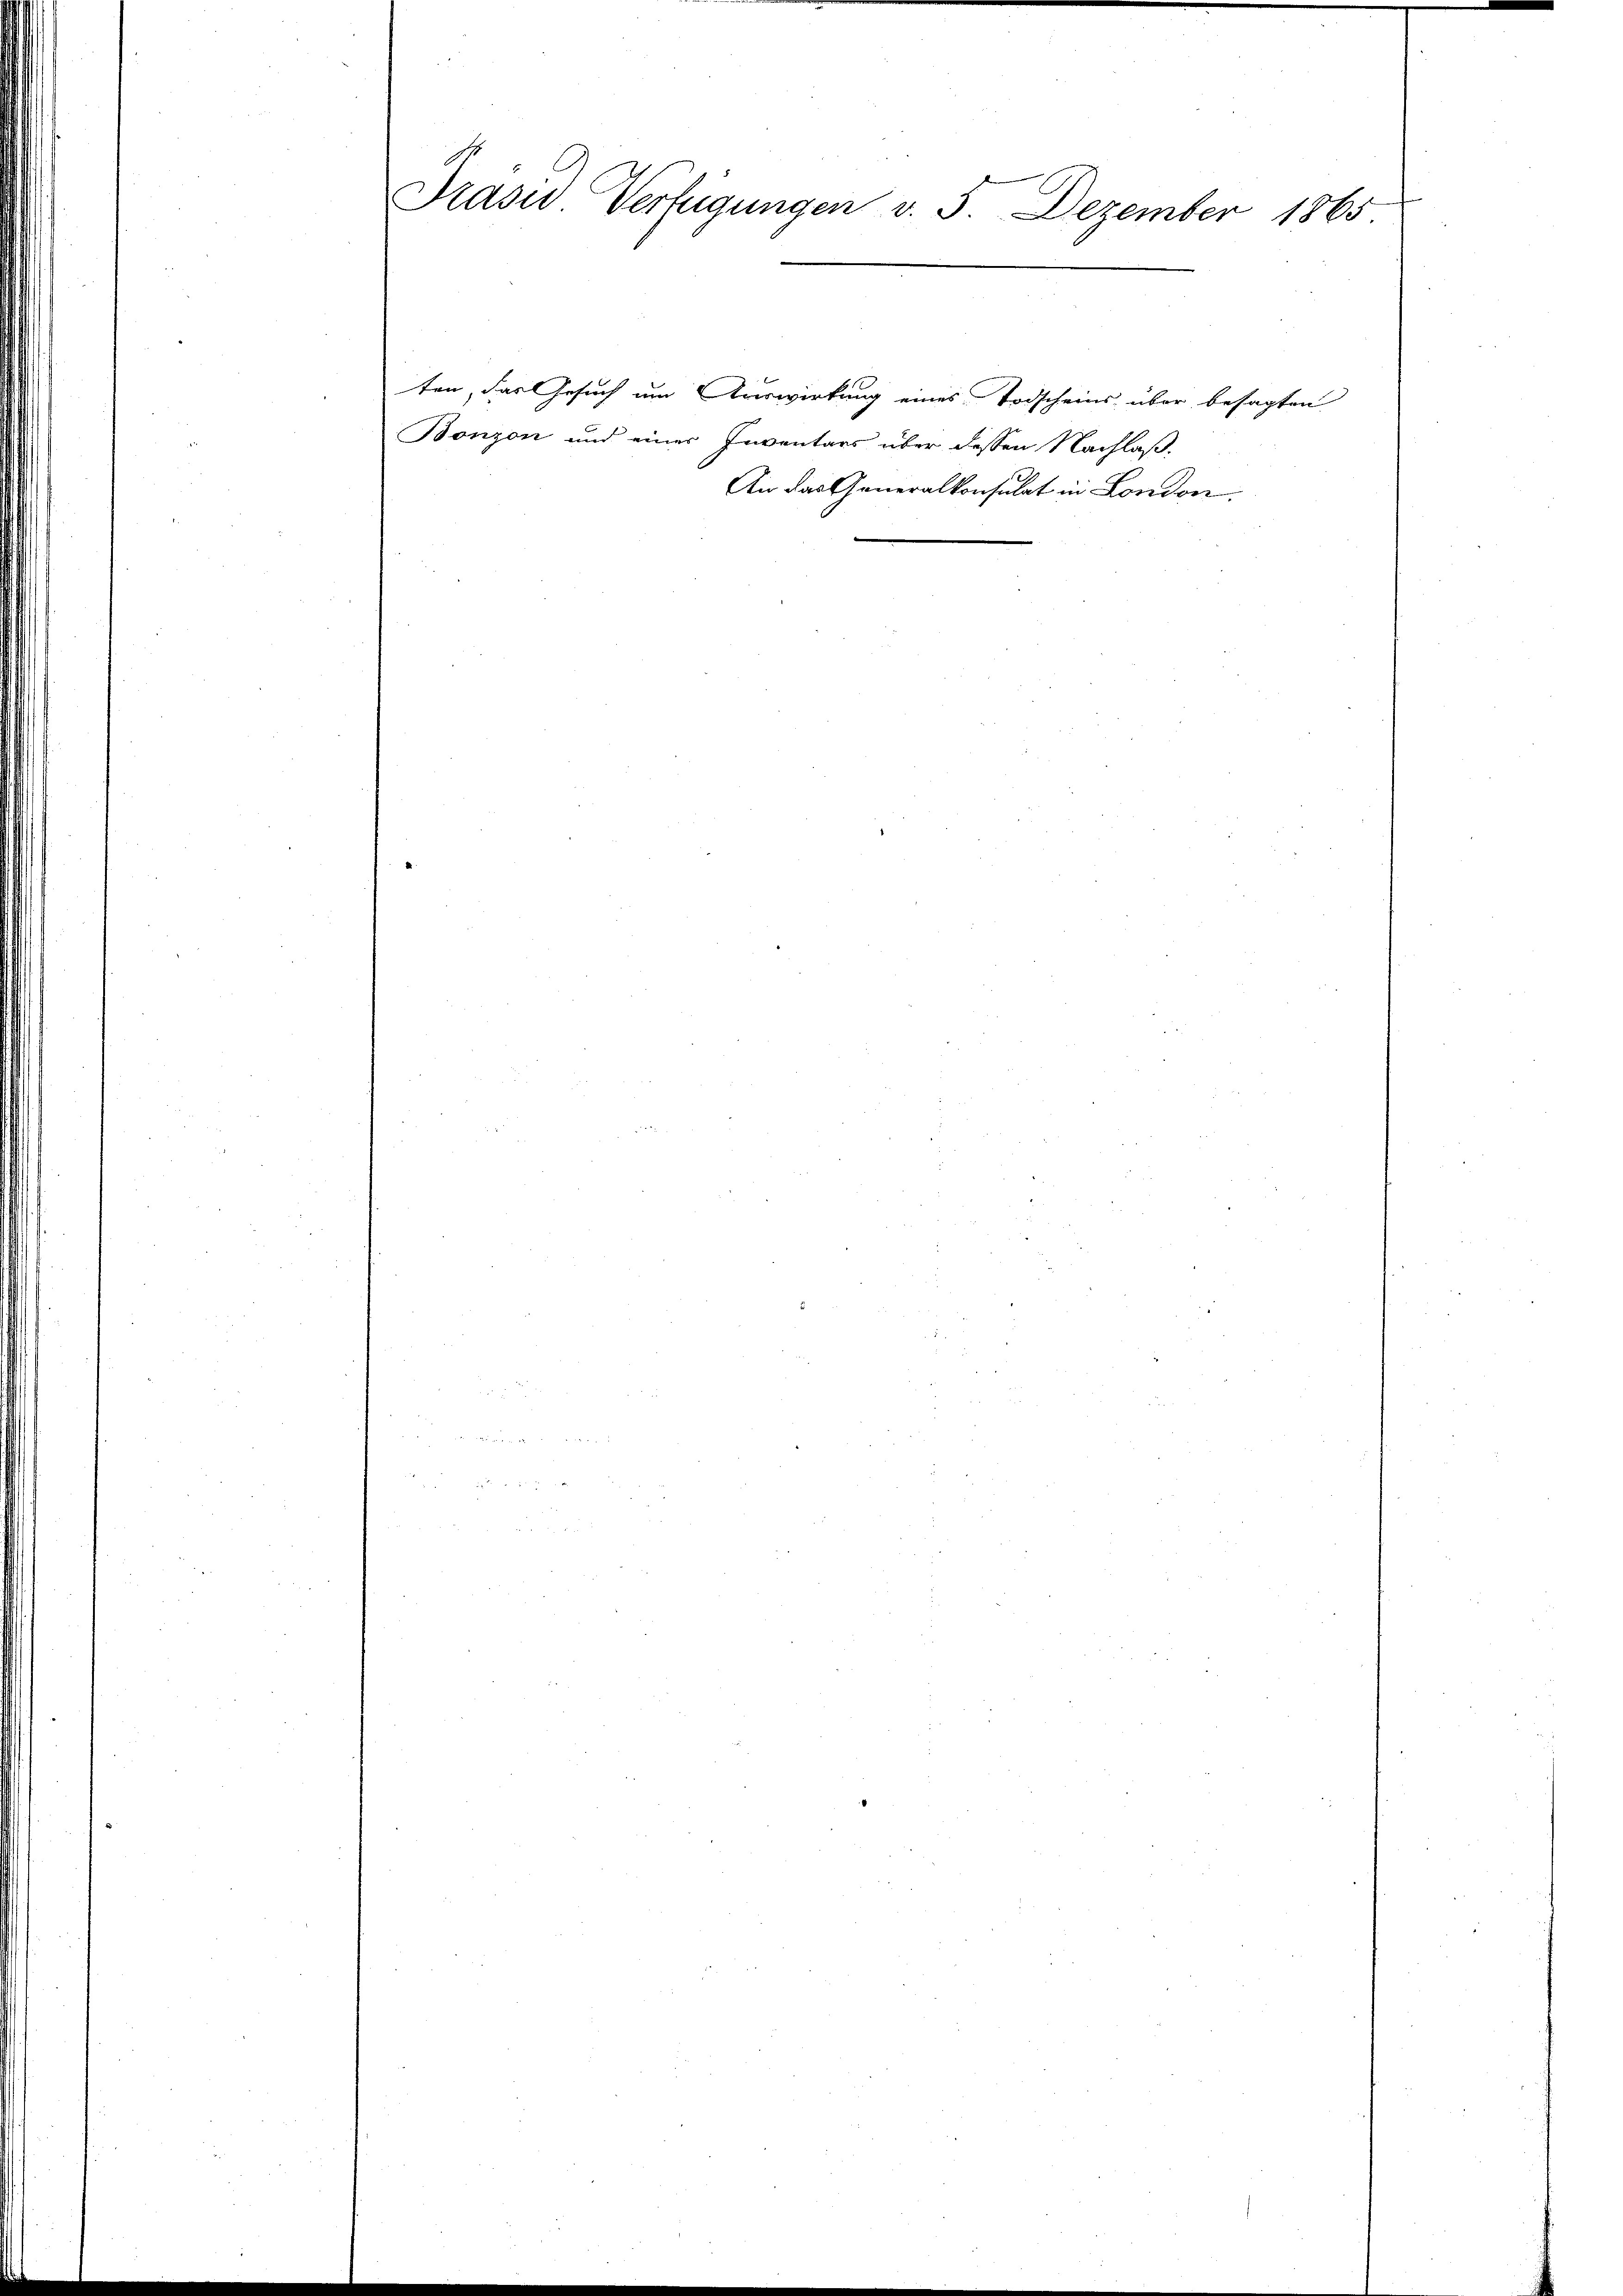
Präsid Verfügungen v. 5. Dezember 1865

ten, das Gesuch um Auswirkung eines Todscheins über besagten
Bonzon und einer Inventars über dessen Nachlaß,
Air das Generalkonsulat in London.